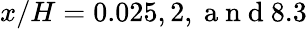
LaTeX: x/H=0.025,2,\mathrm{~a~n~d~}8.3